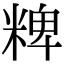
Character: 粺